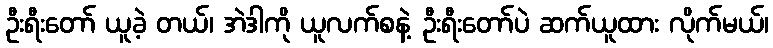
ဦးရီးတော် ယူခဲ့ တယ်၊ အဲဒါကို ယူလက်စနဲ့ ဦးရီးတော်ပဲ ဆက်ယူထား လိုက်မယ်၊